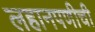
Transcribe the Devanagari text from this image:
लहानपणीची